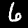
Digit: 6